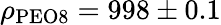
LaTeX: \rho_{\mathrm{PEO8}}=998\pm 0.1